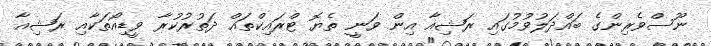
ނޫސްވެރިންގެ ބައްދަލުވުމުގައި ރަޝިއާ އިން ވަނީ ތެޔޮ ޓްރައިކްތައް ދަތުރުކުރާ ވީޑިއޯތަކާއި ރަޝިއާ